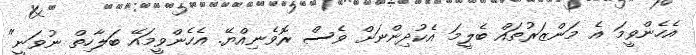
އެހެންވީމަ އެ މަންޒަރުތައް ބެލީމަ އެކުދިންނަށް ވެސް ރޮވެނިއްޔޭ. އެހެންވީމައޭ ބަލާހިތް ނުވަނީ"